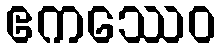
ဧကဿေဝ